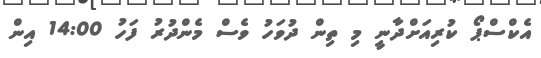
އެކްސްޕޯ ކުރިއަށްދާނީ މި ތިން ދުވަހު ވެސް މެންދުރު ފަހު 14:00 އިން